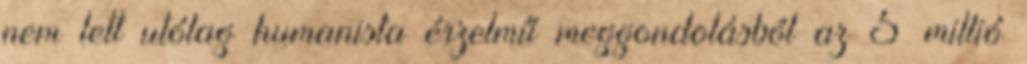
nem lett utólag humanista érzelmű meggondolásból az 5 millió